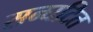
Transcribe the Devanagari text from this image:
सन्घटित